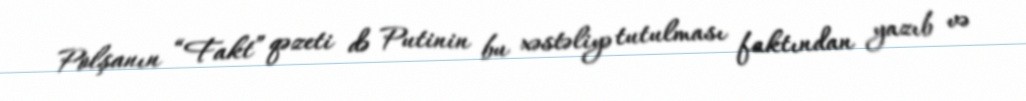
Polşanın “Fakt” qəzeti də Putinin bu xəstəliyə tutulması faktından yazıb və